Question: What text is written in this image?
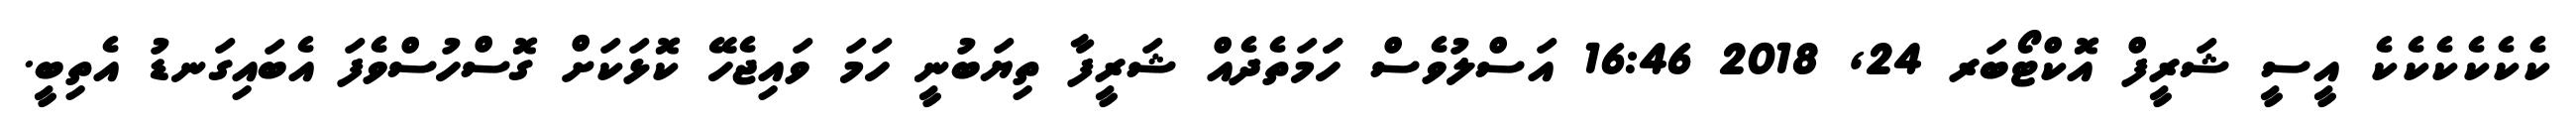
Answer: ކެކެކެކެކެކެ އީސީ ޝަރީފް އޮކްޓޯބަރ 24, 2018 16:46 އަސްލުވެސް ހަަމަތެދެއް ޝަރީފާ ތިޔަބުނީ ހަމަ ވައިޖެހޭ ކޮޅަކަށް ގޮސްހުސްވެފަ އެބައިގަނޑު އެތިބީ.